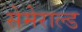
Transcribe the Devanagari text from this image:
सेमेराल्ड